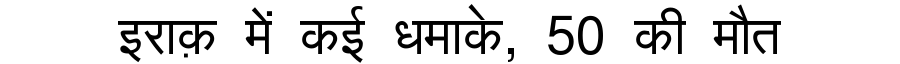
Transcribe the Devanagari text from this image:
इराक़ में कई धमाके, 50 की मौत